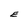
Character: E